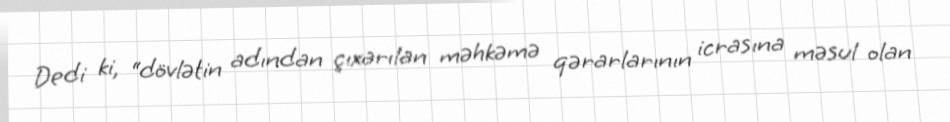
Dedi ki, “dövlətin adından çıxarılan məhkəmə qərarlarının icrasına məsul olan